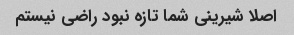
اصلا شیرینی شما تازه نبود راضی نیستم